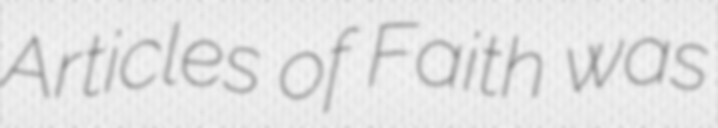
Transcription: Articles of Faith was